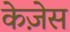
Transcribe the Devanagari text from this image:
केज़ेस